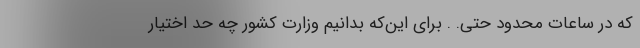
که در ساعات محدود حتی. . برای این‌که بدانیم وزارت کشور چه حد اختیار